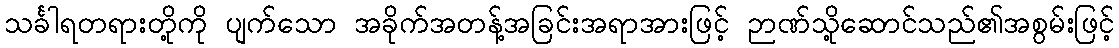
သင်္ခါရတရားတို့ကို ပျက်သော အခိုက်အတန့်အခြင်းအရာအားဖြင့် ဉာဏ်သို့ဆောင်သည်၏အစွမ်းဖြင့်